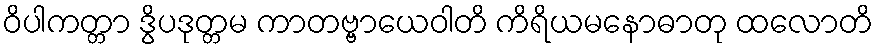
ဝိပါကတ္တာ ဒွိပဒုတ္တမ ကာတဗ္ဗာယေဝါတိ ကိရိယမနောဓာတု ထလောတိ